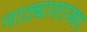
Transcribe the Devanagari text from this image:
नाट्याशास्त्रा